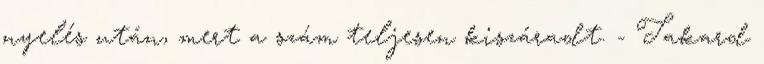
nyelés után, mert a szám teljesen kiszáradt. - Takard